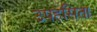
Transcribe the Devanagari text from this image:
उपहसिता